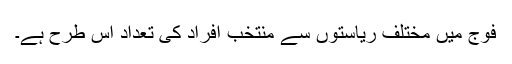
فوج میں مختلف ریاستوں سے منتخب افراد کی تعداد اس طرح ہے۔